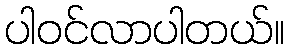
ပါဝင်လာပါတယ်။